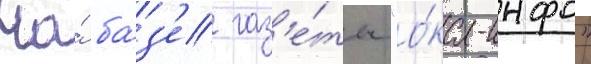
На́ ба́з'е газ'е́ты "о́ка-инфо"